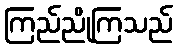
ကြည်ညိုကြသည်